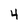
Character: 4